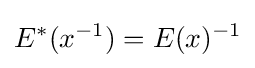
E^{*}(x^{-1})=E(x)^{-1}